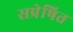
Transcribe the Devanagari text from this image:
सप्रेषित